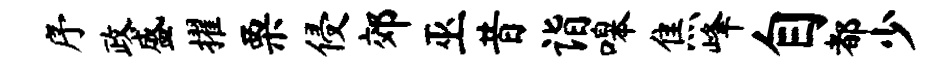
序政盛擢栗侵郊巫昔诣嗥焦峰自都少